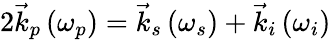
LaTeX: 2\vec{k}_{p}\left(\omega_{p}\right)=\vec{k}_{s}\left(\omega_{s}\right)+\vec{k}_{i}\left(\omega_{i}\right)